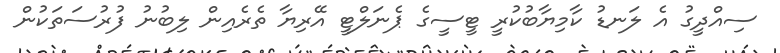
ސިއްދީގު އެ ލަނޑު ކާމިޔާބުކުރީ ޓީސީގެ ޕެނަލްޓީ އޭރިޔާ ތެރެއިން ލިބުނު ފުރުސަތަކުން